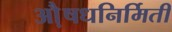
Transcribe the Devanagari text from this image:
औ़़षधनिर्मिती